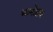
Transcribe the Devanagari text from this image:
भानोदय